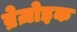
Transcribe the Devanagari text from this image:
ब्रेज़ोइक